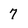
Character: 7